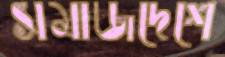
সমাজদেশে